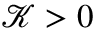
\mathcal { K } > 0